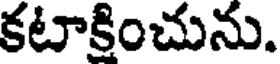
కటాకించును.